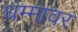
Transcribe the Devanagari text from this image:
धम्मावर